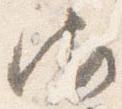
御